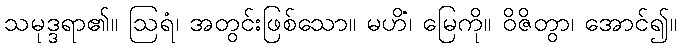
သမုဒ္ဒရာ၏။ ဩရံ၊ အတွင်းဖြစ်သော။ မဟိံ၊ မြေကို။ ဝိဇိတွာ၊ အောင်၍။